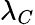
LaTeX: \lambda_{C}